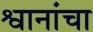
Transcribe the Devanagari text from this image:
श्वानांचा